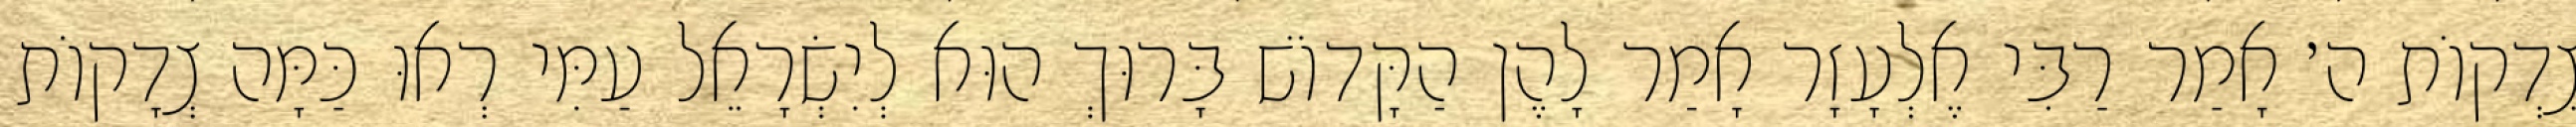
צִדְקוֹת ה׳ אָמַר רַבִּי אֶלְעָזָר אָמַר לָהֶן הַקָּדוֹשׁ בָּרוּךְ הוּא לְיִשְׂרָאֵל עַמִּי רְאוּ כַּמָּה צְדָקוֹת